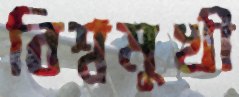
বিশ্বমুখী